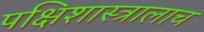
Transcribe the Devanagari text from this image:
पक्षिशास्त्रालाच